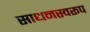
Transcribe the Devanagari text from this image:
साधनस्वरूप